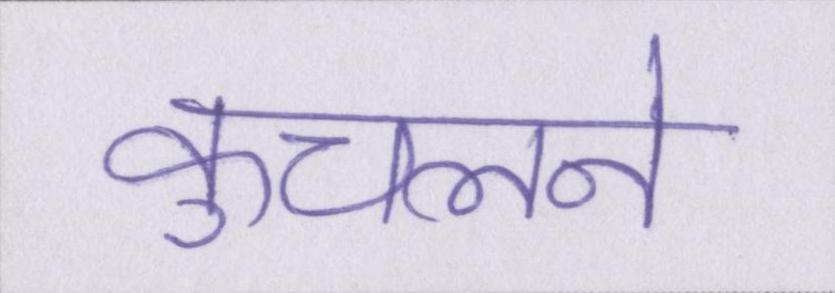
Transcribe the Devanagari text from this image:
कुचलने